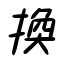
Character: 換